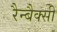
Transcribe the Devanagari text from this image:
रैन्बैक्सी